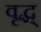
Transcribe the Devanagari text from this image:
वृद्ध्